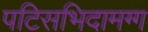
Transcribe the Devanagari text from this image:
पटिसभिदामग्ग